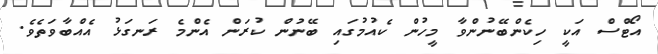
އޯޓްސް އަކީ ހިކެންބޭނުންވާ މީހުން ކެއުމުގައި ބޭނުން ކުރަން އެންމެ ރަނގަޅު އެއްބާވަތެވެ.